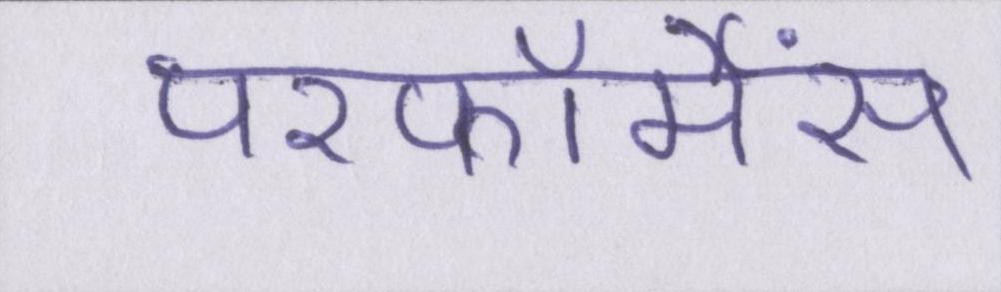
परफॉर्मेंस